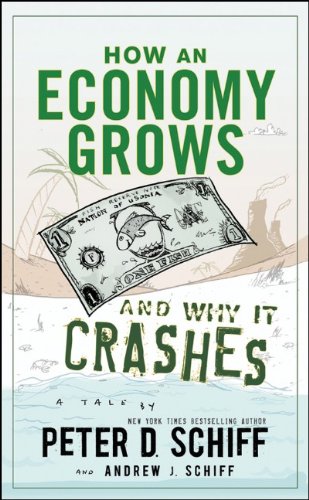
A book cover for How an Economy Grows and Why It Crashes; Peter D. Schiff; Business & Money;